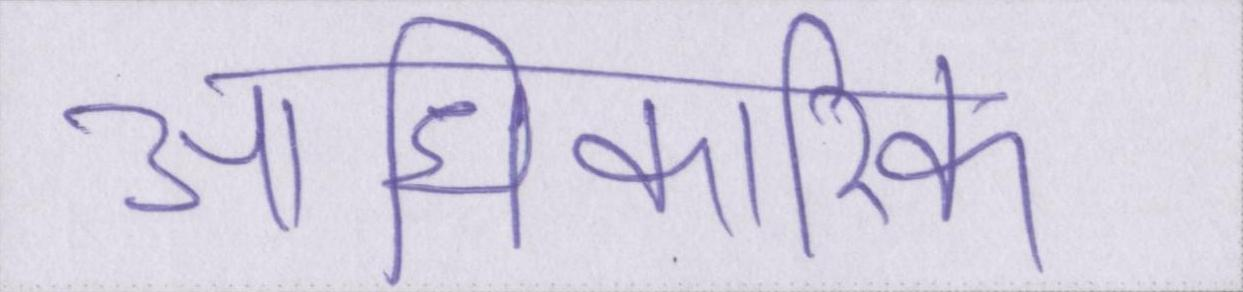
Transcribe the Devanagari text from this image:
आधिकारिक